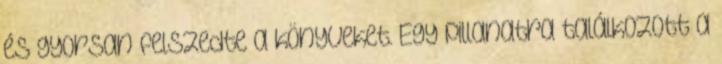
és gyorsan felszedte a könyveket. Egy pillanatra találkozott a